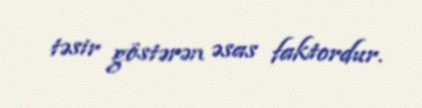
təsir göstərən əsas faktordur.